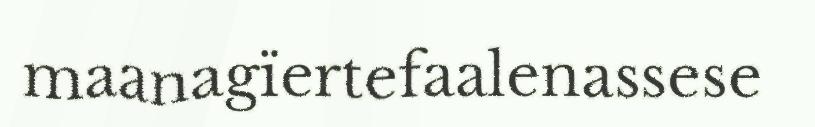
maanagïertefaalenassese